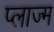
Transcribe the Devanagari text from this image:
प्लाज्म